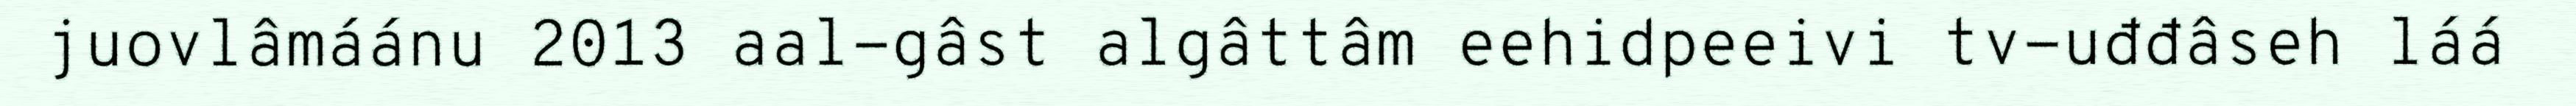
juovlâmáánu 2013 aal-gâst algâttâm eehidpeeivi tv-uđđâseh láá